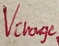
Text: Vcharge